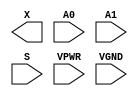
module sky130_fd_sc_hs__mux2 (
    X   ,
    A0  ,
    A1  ,
    S   ,
    VPWR,
    VGND
);

    output X   ;
    input  A0  ;
    input  A1  ;
    input  S   ;
    input  VPWR;
    input  VGND;
endmodule